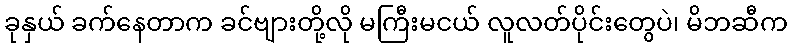
ခုနှယ် ခက်နေတာက ခင်ဗျားတို့လို မကြီးမငယ် လူလတ်ပိုင်းတွေပဲ၊ မိဘဆီက